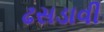
ઢસડાવી